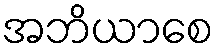
အဘိယာစေ